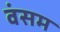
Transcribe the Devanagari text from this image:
वंसम